Eesti_Vabariigi_Tartu_Ulikool, lk 179
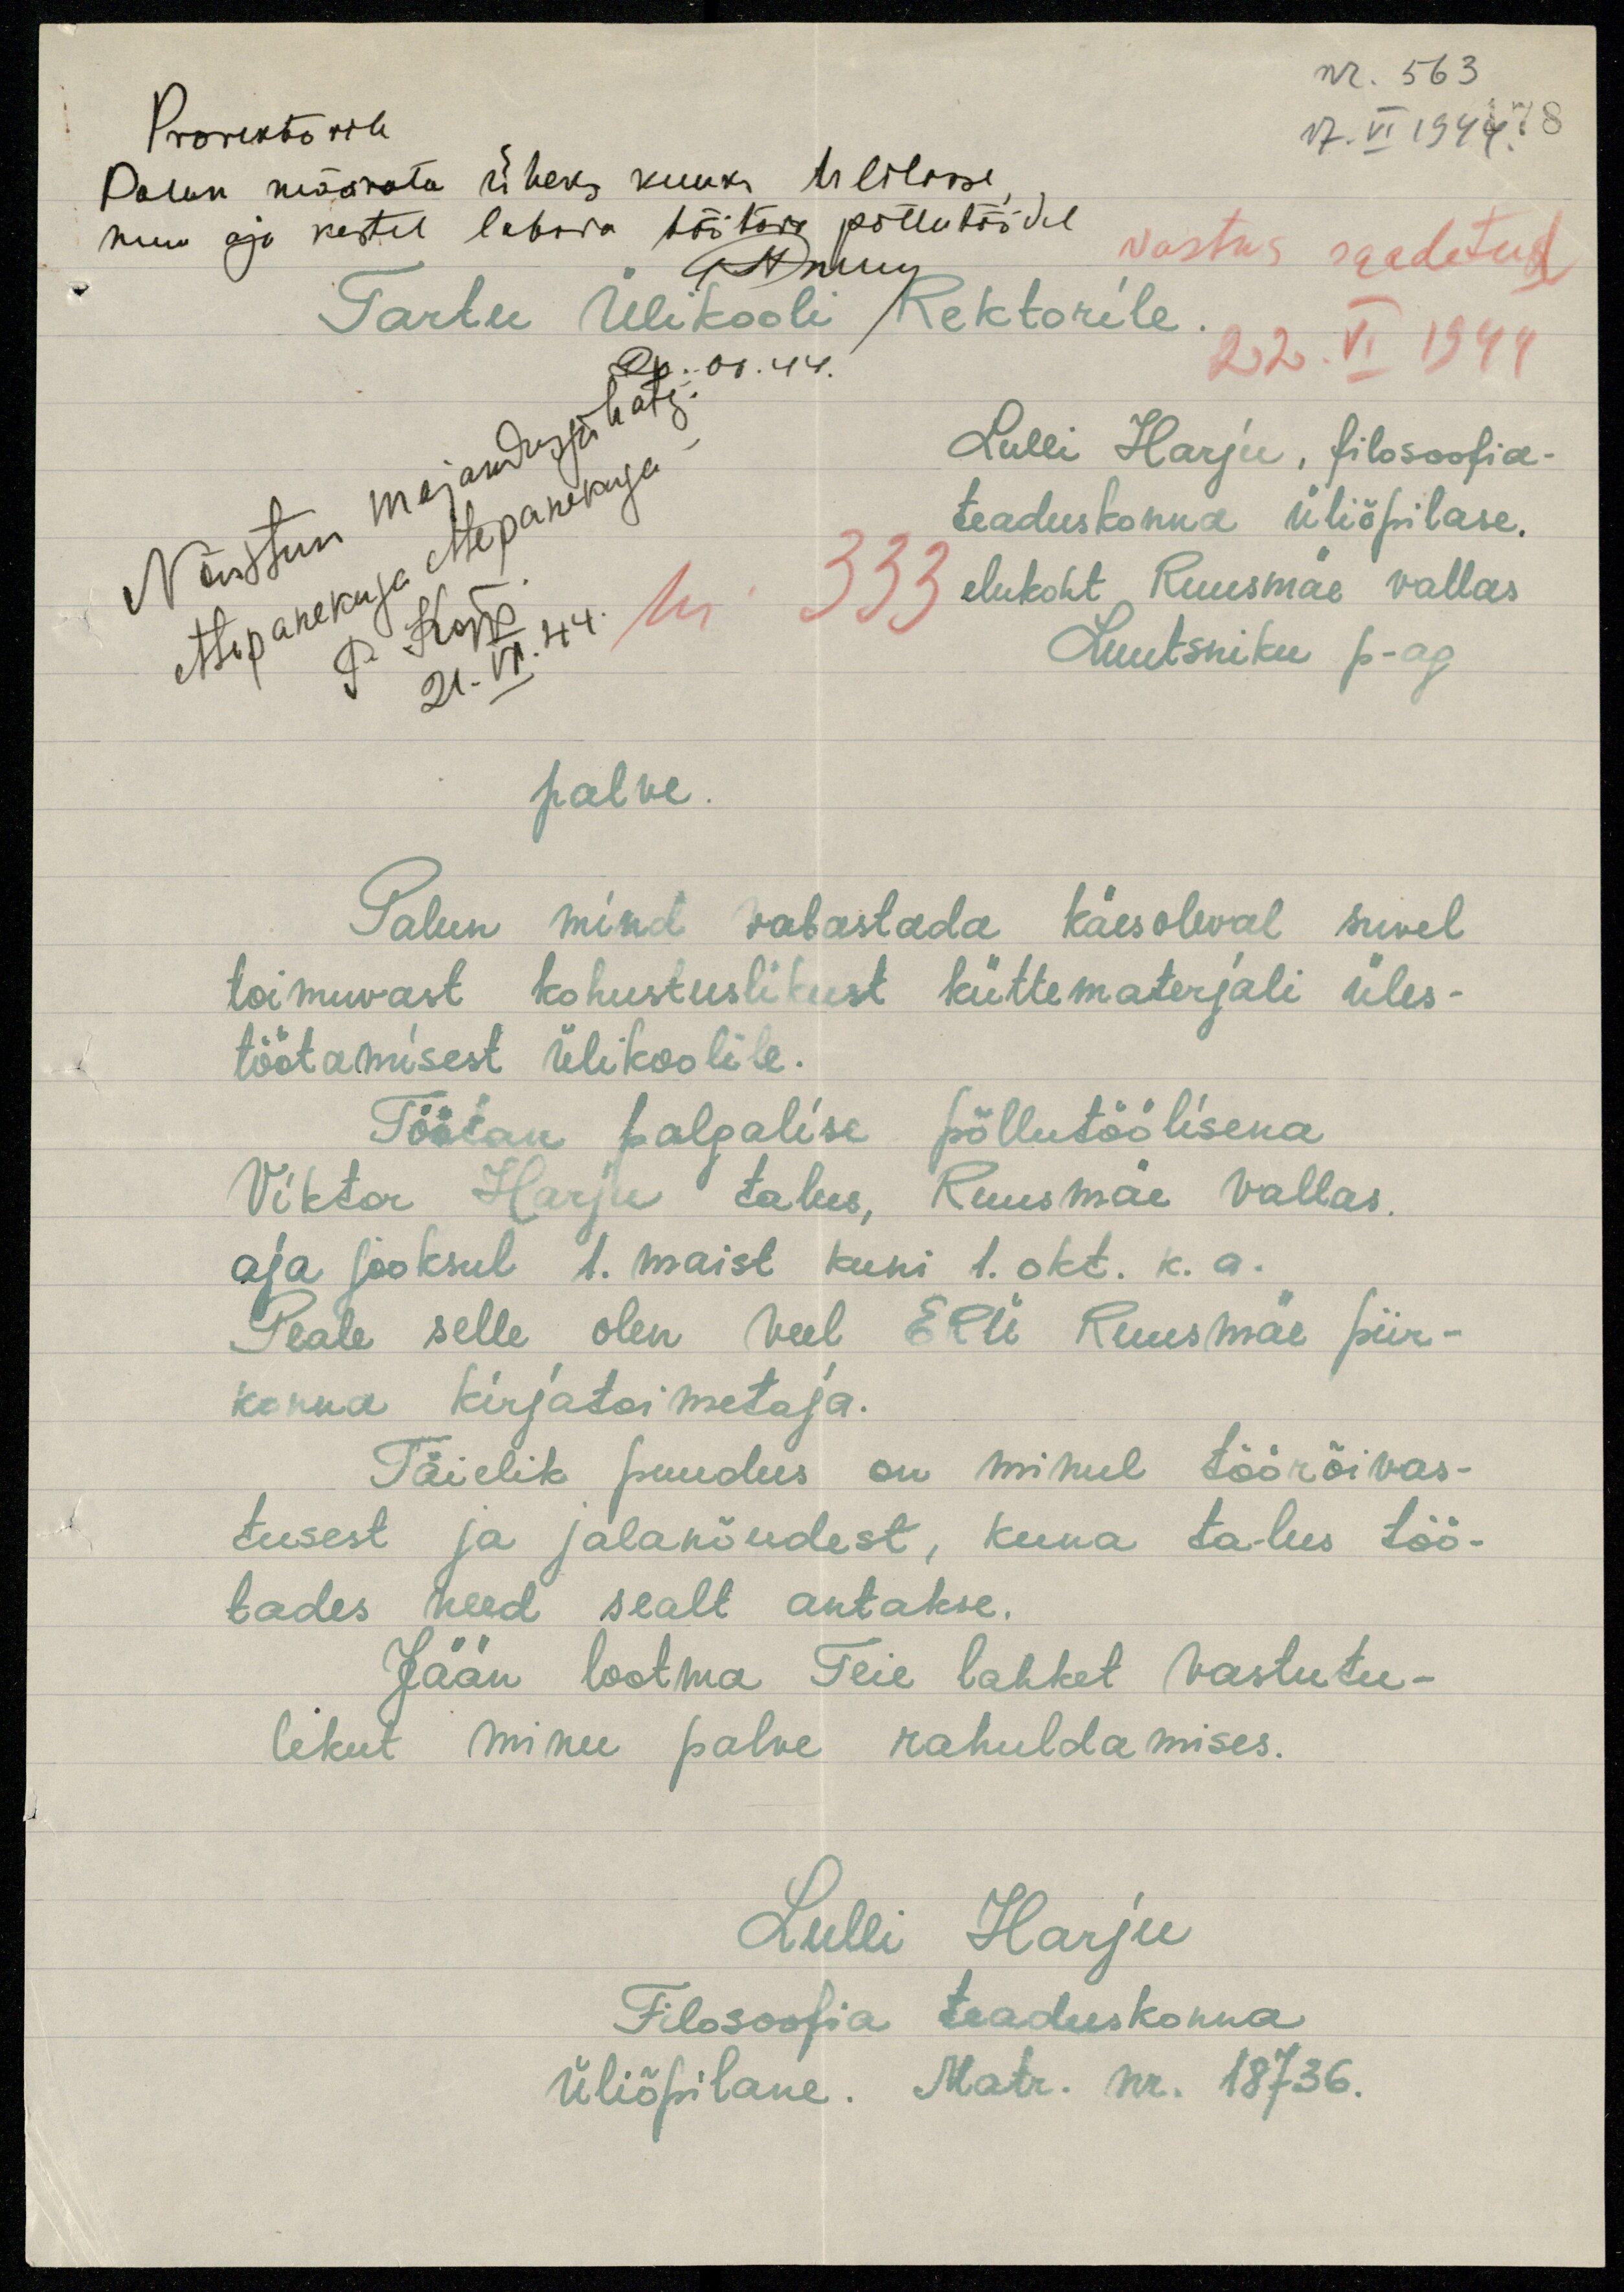
nr. 563
17. VI 1944. 178
Prorektorile
Palun määrata üheks kuuks U lilasse
muu aja kestel lubad töötada põllutöödel
Astnud
Vastus saadetud
22.VI 1944
Tartu Ülikooli Rektorile.
07. 44.
Nõustun majandusjuhatj.
ettepanekuga ettepanekuga
P. Kõpp.
21.VI.44
Nr. 333
Lulli Harju, filosoofia-
teaduskonna üliõpilase.
elukoht Ruusmäe vallas
Luutsniku p-ag
palve.
Palun mind vabastada käesoleval suvel
toimuvast kohustuslikust küttematerjali üles-
töötamisest ülikoolile.
Töötan palgalise põllutöölisena
Viktor Harju talus, Ruusmäe vallas.
aja jooksul 1. maist kuni 1. okt. k. a.
Peale selle olen veel EPÜ Ruusmäe piir-
konna kirjatoimetaja.
Täielik puudus on minul töörõivas-
tusest ja jalanõudest, kuna talus töö-
tades need sealt antakse.
Jään lootma Teie lahket vastutu-
lekut minu palve rahuldamises.
Lulli Harju
Filosoofia teaduskonna
Üliõpilane. Matr. nr. 18736.